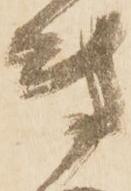
専